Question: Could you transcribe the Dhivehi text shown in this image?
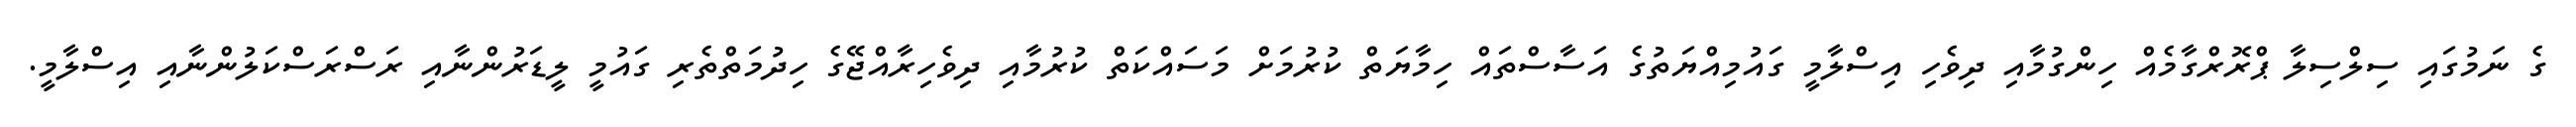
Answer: ގެ ނަމުގައި ސިލްސިލާ ޕްރޮރްގާމެއް ހިންގުމާއި ދިވެހި އިސްލާމީ ގައުމިއްޔަތުގެ އަސާސްތައް ހިމާޔަތް ކުރުމަށް މަސައްކަތް ކުރުމާއި ދިވެހިރާއްޖޭގެ ހިދުމަތްތެރި ގައުމީ ލީޑަރުންނާއި ރަސްރަސްކަލުންނާއި އިސްލާމީ.